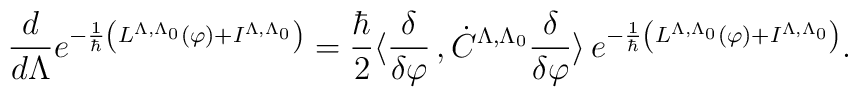
\frac{d}{d\Lambda }      e^{-\frac{1}{\hbar}\left( L^{\Lambda ,\Lambda _0}(\varphi ) + I^{\Lambda ,\Lambda _0} \right)} =  \frac{\hbar}{2}\langle \frac{\delta }{\delta \varphi }\,,\dot C ^{\Lambda ,\Lambda _0} \frac{\delta } {\delta \varphi }\rangle \, e^{-\frac{1}{\hbar}\left( L^{\Lambda ,\Lambda _0}(\varphi ) + I^{\Lambda ,\Lambda _0} \right) } .